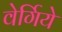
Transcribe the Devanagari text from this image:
वेर्गिये